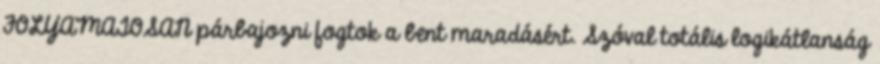
FOLYAMATOSAN párbajozni fogtok a bent maradásért. Szóval totális logikátlanság